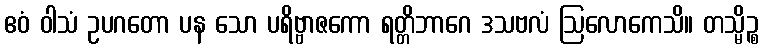
ဧဝံ ဝါသံ ဥပဂတော ပန သော ပရိဗ္ဗာဇကော ရတ္တိဘာဂေ ဒသဗလံ ဩလောကေသိ။ တသ္မိဉ္စ